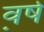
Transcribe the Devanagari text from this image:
व़र्ष